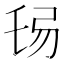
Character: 𢏒